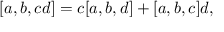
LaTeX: \lbrack a , b , c d ] = c [ a , b , d ] + [ a , b , c ] d ,